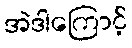
အဲဒါကြောင့်